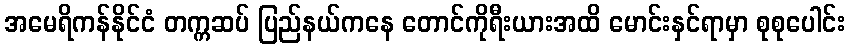
အမေရိကန်နိုင်ငံ တက္ကဆပ် ပြည်နယ်ကနေ တောင်ကိုရီးယားအထိ မောင်းနှင်ရာမှာ စုစုပေါင်း